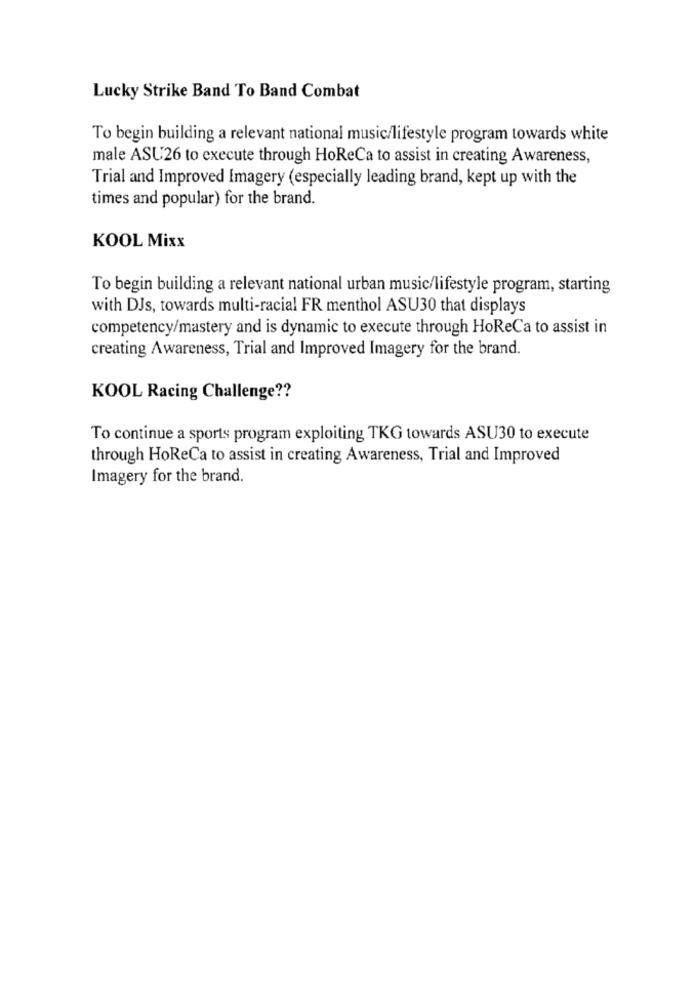
Lucky Strike Band To Band Combat
To begin building a relevant national music/lifestyle program towards white
male ASU26 to execute through HoReCa to assist in creating Awareness,
Trial and Improved Imagery (especially leading brand, kept up with the
times and popular) for the brand.
KOOL Mixx
To begin building a relevant national urban music/lifestyle program, starting
with DJs, towards multi-racial FR menthol ASU30 that displays
competency/mastery and is dynamic to execute through HoReCa to assist in
creating Awareness, Trial and Improved Imagery for the brand.
KOOL Racing Challenge ??
To continue a sports program exploiting TKG towards ASU30 to execute
through HoReCa to assist in creating Awareness, Trial and Improved
Imagery for the brand.